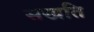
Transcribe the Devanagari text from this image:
सखति